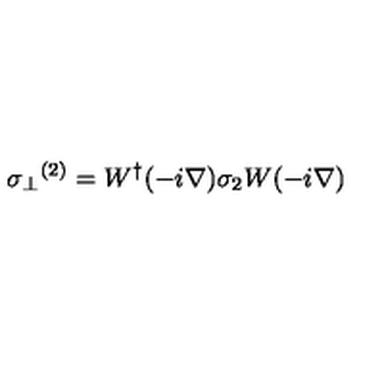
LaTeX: { \sigma _ { \perp } } ^ { ( 2 ) } = W ^ { \dag } ( - i \mathrm { \boldmath \nabla } ) \sigma _ { 2 } W ( - i \mathrm { \boldmath \nabla } )